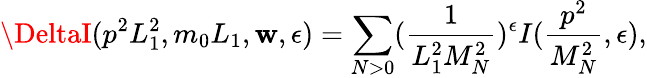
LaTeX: \DeltaI(p^{2}L_{1}^{2},m_{0}L_{1},\mathbf{w},\epsilon)=\sum_{N>0}(\frac{{1}}{{L_{1}^{2}M_{N}^{2}}})^{\epsilon}I(\frac{{p^{2}}}{{M_{N}^{2}}},\epsilon),